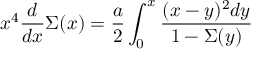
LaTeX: x ^ { 4 } { \frac { d } { d x } } \Sigma ( x ) = { \frac { a } { 2 } } \int _ { 0 } ^ { x } { \frac { ( x - y ) ^ { 2 } d y } { 1 - \Sigma ( y ) } }